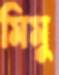
মিমু